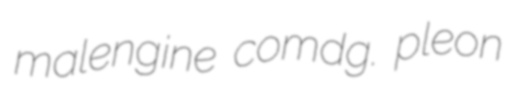
malengine comdg. pleon